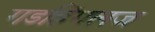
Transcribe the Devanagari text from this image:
गडहिंगलज